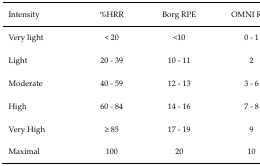
| Intensity | %HRR | Borg RPE | OMNI RPE |
 | --- | --- | --- | --- |
 | Very light | < 20 | <10 | 0 – 1 |
 | Light | 20 – 39 | 10 – 11 | 2 |
 | Moderate | 40 – 59 | 12 – 13 | 3 – 6 |
 | High | 60 – 84 | 14 – 16 | 7 – 8 |
 | Very High | ≥ 85 | 17 – 19 | 9 |
 | Maximal | 100 | 20 | 10 |